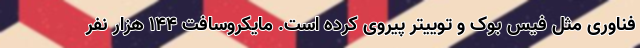
فناوری مثل فیس بوک و توییتر پیروی کرده است. مایکروسافت 144 هزار نفر